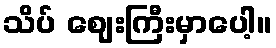
သိပ် ဈေးကြီးမှာပေါ့။